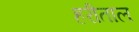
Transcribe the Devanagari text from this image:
हरीताल